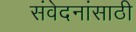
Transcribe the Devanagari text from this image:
संवेदनांसाठी